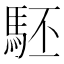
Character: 駓